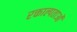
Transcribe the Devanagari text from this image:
रक्ताल्पताओं